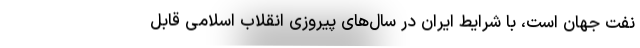
نفت جهان است، با شرایط ایران در سال‌های پیروزی انقلاب اسلامی قابل